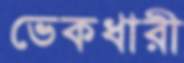
ভেকধারী